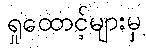
ရှုထောင့်များမှ